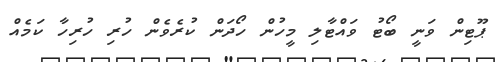
ޕޫޓިން ވަނީ ބޯޓު ވައްޓާލި މީހުން ހޯދަން ކުރެވެން ހުރި ހުރިހާ ކަމެއް